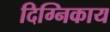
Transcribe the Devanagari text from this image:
दिग्निकाय